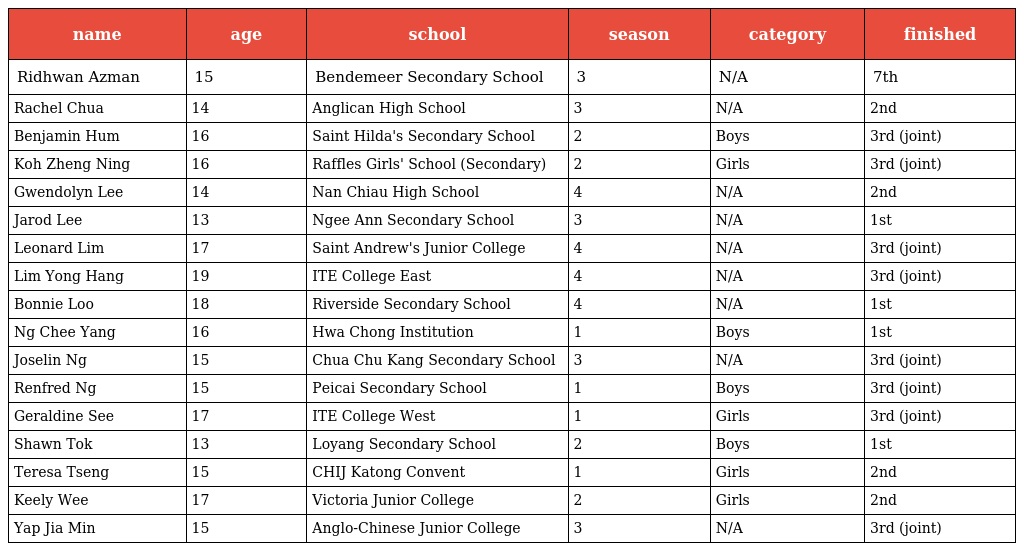
| name | age | school | season | category | finished |
 | --- | --- | --- | --- | --- | --- |
 | Ridhwan Azman | 15 | Bendemeer Secondary School | 3 | N/A | 7th |
 | Rachel Chua | 14 | Anglican High School | 3 | N/A | 2nd |
 | Benjamin Hum | 16 | Saint Hilda's Secondary School | 2 | Boys | 3rd (joint) |
 | Koh Zheng Ning | 16 | Raffles Girls' School (Secondary) | 2 | Girls | 3rd (joint) |
 | Gwendolyn Lee | 14 | Nan Chiau High School | 4 | N/A | 2nd |
 | Jarod Lee | 13 | Ngee Ann Secondary School | 3 | N/A | 1st |
 | Leonard Lim | 17 | Saint Andrew's Junior College | 4 | N/A | 3rd (joint) |
 | Lim Yong Hang | 19 | ITE College East | 4 | N/A | 3rd (joint) |
 | Bonnie Loo | 18 | Riverside Secondary School | 4 | N/A | 1st |
 | Ng Chee Yang | 16 | Hwa Chong Institution | 1 | Boys | 1st |
 | Joselin Ng | 15 | Chua Chu Kang Secondary School | 3 | N/A | 3rd (joint) |
 | Renfred Ng | 15 | Peicai Secondary School | 1 | Boys | 3rd (joint) |
 | Geraldine See | 17 | ITE College West | 1 | Girls | 3rd (joint) |
 | Shawn Tok | 13 | Loyang Secondary School | 2 | Boys | 1st |
 | Teresa Tseng | 15 | CHIJ Katong Convent | 1 | Girls | 2nd |
 | Keely Wee | 17 | Victoria Junior College | 2 | Girls | 2nd |
 | Yap Jia Min | 15 | Anglo-Chinese Junior College | 3 | N/A | 3rd (joint) |